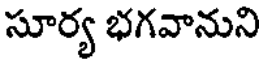
సూర్య భగవానుని